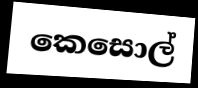
කෙසොල්